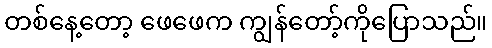
တစ်နေ့တော့ ဖေဖေက ကျွန်တော့်ကိုပြောသည်။